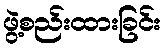
ဖွဲ့စည်းထားခြင်း